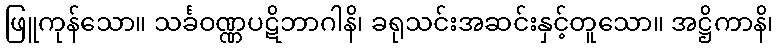
ဖြူကုန်သော။ သင်္ခဝဏ္ဏပဋိဘာဂါနိ၊ ခရုသင်းအဆင်းနှင့်တူသော။ အဋ္ဌိကာနိ၊